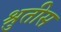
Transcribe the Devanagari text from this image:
श्रुतीस